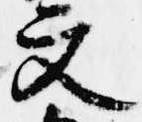
文